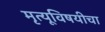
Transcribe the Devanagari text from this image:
मृत्यूविषयीचा